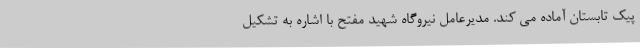
پیک تابستان آماده می کند. مدیرعامل نیروگاه شهید مفتح با اشاره به تشکیل